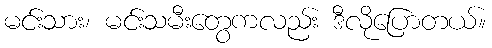
မင်းသား၊ မင်းသမီးတွေကလည်း ဒီလိုပြောတယ်။